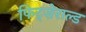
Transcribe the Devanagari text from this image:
फिट्ज़ेराल्ड